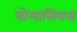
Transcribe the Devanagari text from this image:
योमासियस